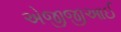
એજીજીઆઈ